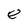
Character: e